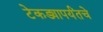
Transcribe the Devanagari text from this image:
टेकड्यापर्यंतचे